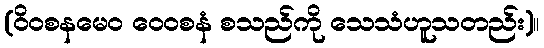
(ဝိဝစနမေဝ ဝေဝစနံ စသည်ကို သေသံဟူသတည်း)။